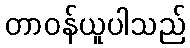
တာဝန်ယူပါသည်